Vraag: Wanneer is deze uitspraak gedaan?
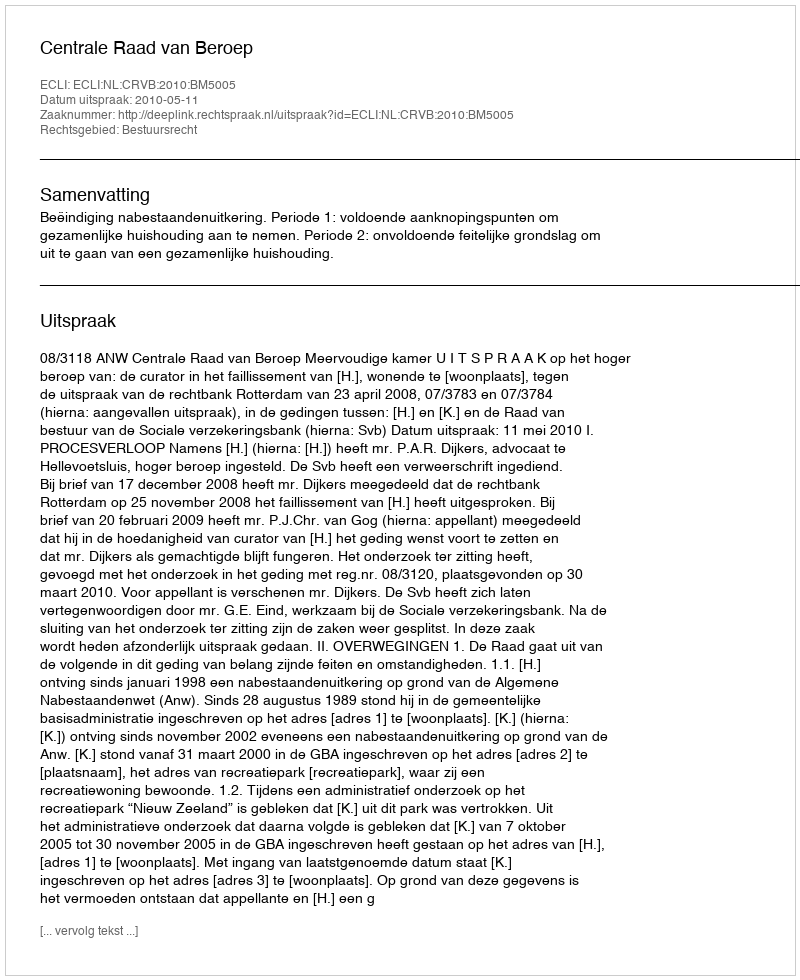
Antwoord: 2010-05-11